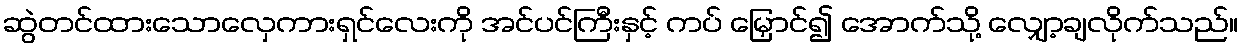
ဆွဲတင်ထားသောလှေကားရှင်လေးကို အင်ပင်ကြီးနှင့် ကပ် မြှောင်၍ အောက်သို့ လျှော့ချလိုက်သည်။